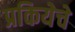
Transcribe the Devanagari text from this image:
प्रकियेचे